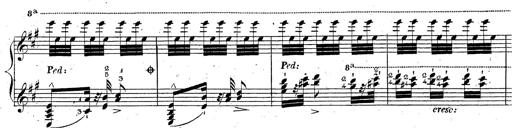
Title: Grande fantaisie sur la tyrolienne de l'opÃ©ra
Composer: Franz Liszt
Key: A major